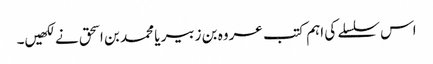
اس سلسلے کی اہم کتب عروہ بن زبیر یا محمد بن اسحق نے لکھیں۔